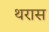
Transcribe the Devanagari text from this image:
थरास